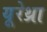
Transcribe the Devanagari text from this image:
यूरेथ्रा